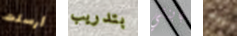
أرسلت بتدريب بابنتي بينه